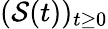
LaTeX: (\mathcal{S}(t))_{t\geq 0}